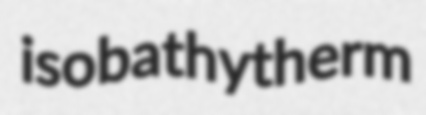
isobathytherm